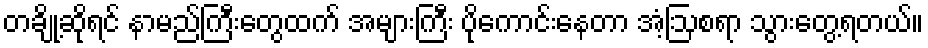
တချို့ဆိုရင် နာမည်ကြီးတွေထက် အများကြီး ပိုကောင်းနေတာ အံ့ဩစရာ သွားတွေ့ရတယ်။